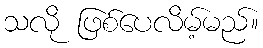
သလို ဖြစ်ပေလိမ့်မည်။